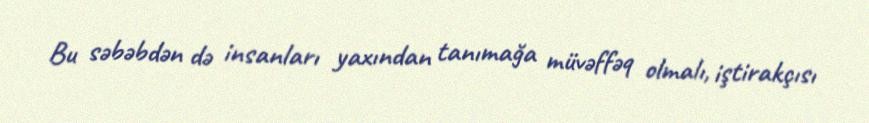
Bu səbəbdən də insanları yaxından tanımağa müvəffəq olmalı, iştirakçısı